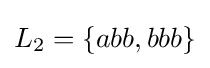
L_{2}=\{abb,bbb\}